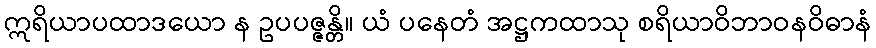
ဣရိယာပထာဒယော န ဥပပဇ္ဇန္တိ။ ယံ ပနေတံ အဋ္ဌကထာသု စရိယာဝိဘာဝနဝိဓာနံ